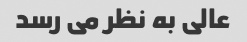
عالی به نظر می رسد